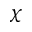
\chi